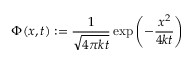
\Phi ( x , t ) : = { \frac { 1 } { \sqrt { 4 \pi k t } } } \exp \left( - { \frac { x ^ { 2 } } { 4 k t } } \right)